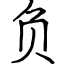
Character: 负